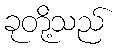
ခုတို့သည်